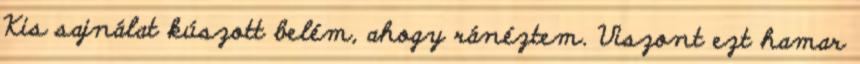
Kis sajnálat kúszott belém, ahogy ránéztem. Viszont ezt hamar